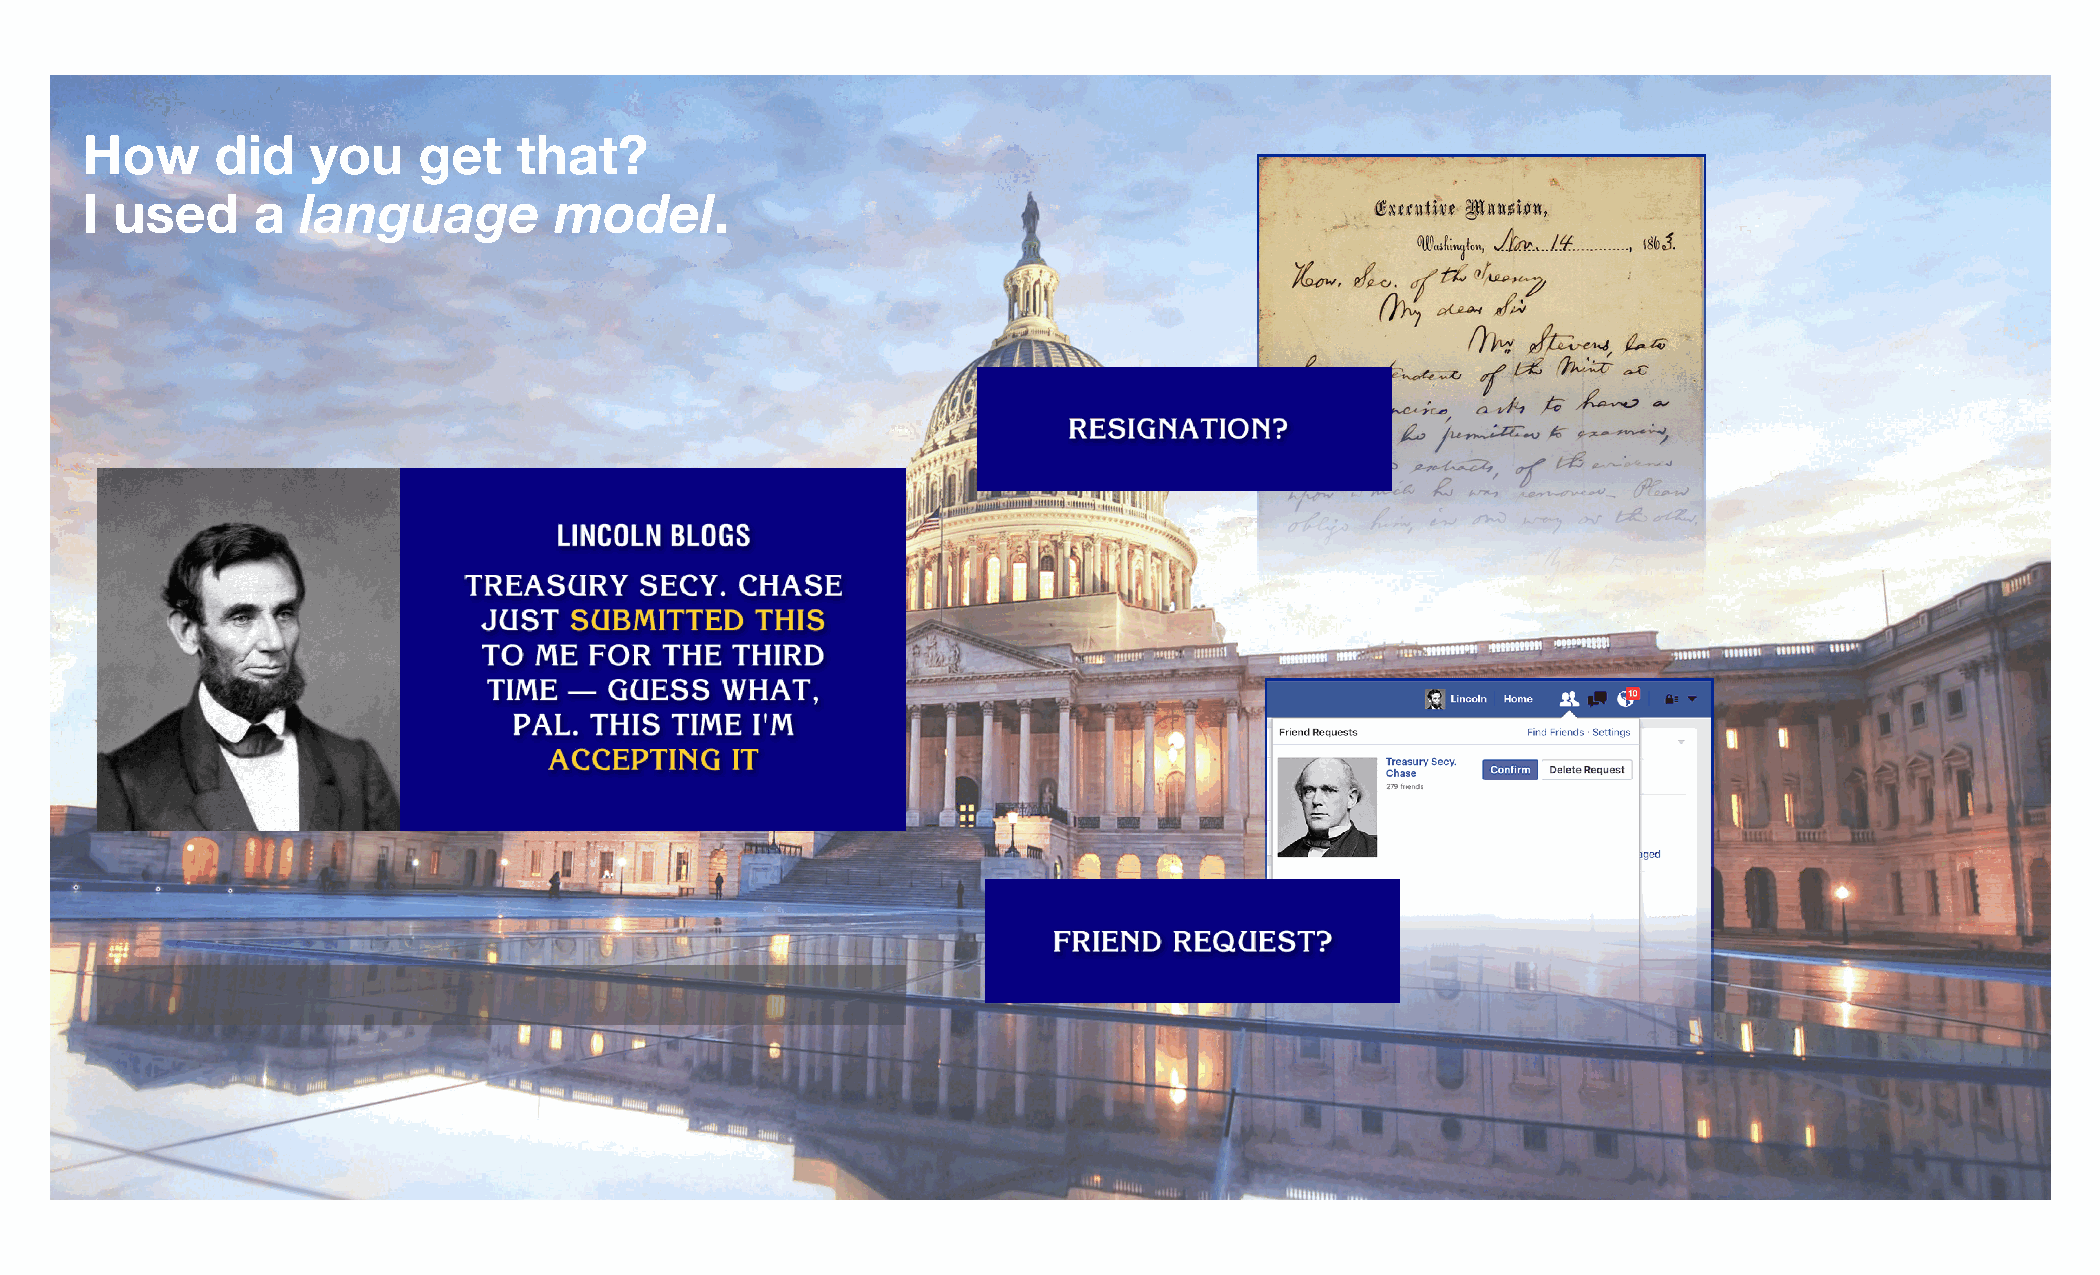
How      did    you    get   that?
 I  used     a  language         model.